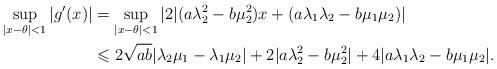
LaTeX: \begin{align*} \sup_{|x-\theta|<1}|g^\prime(x)|&= \sup_{|x-\theta|<1}|2|(a\lambda_2^2-b\mu_2^2)x+(a\lambda_1\lambda_2-b\mu_1\mu_2)|\\ &\leqslant 2\sqrt{ab}|\lambda_2\mu_1-\lambda_1\mu_2|+2|a\lambda_2^2-b\mu_2^2|+4|a\lambda_1\lambda_2-b\mu_1\mu_2|. \end{align*}